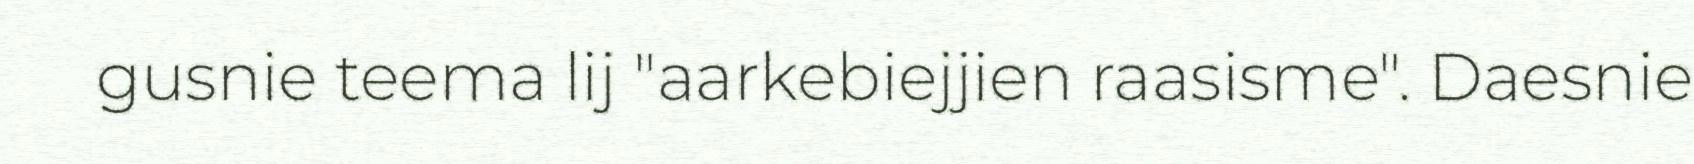
gusnie teema lij "aarkebiejjien raasisme". Daesnie